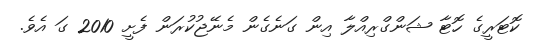
ކޮޓަރީގެ ހޮޓާ ޝަންގްރިއްލާ އިން ގަނެގެން މެނޭޖުކުރަން ފެށީ 2010 ގަ އެވެ.